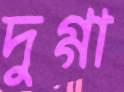
দুগ্গা